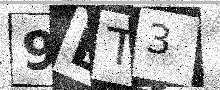
Text: 9BT3